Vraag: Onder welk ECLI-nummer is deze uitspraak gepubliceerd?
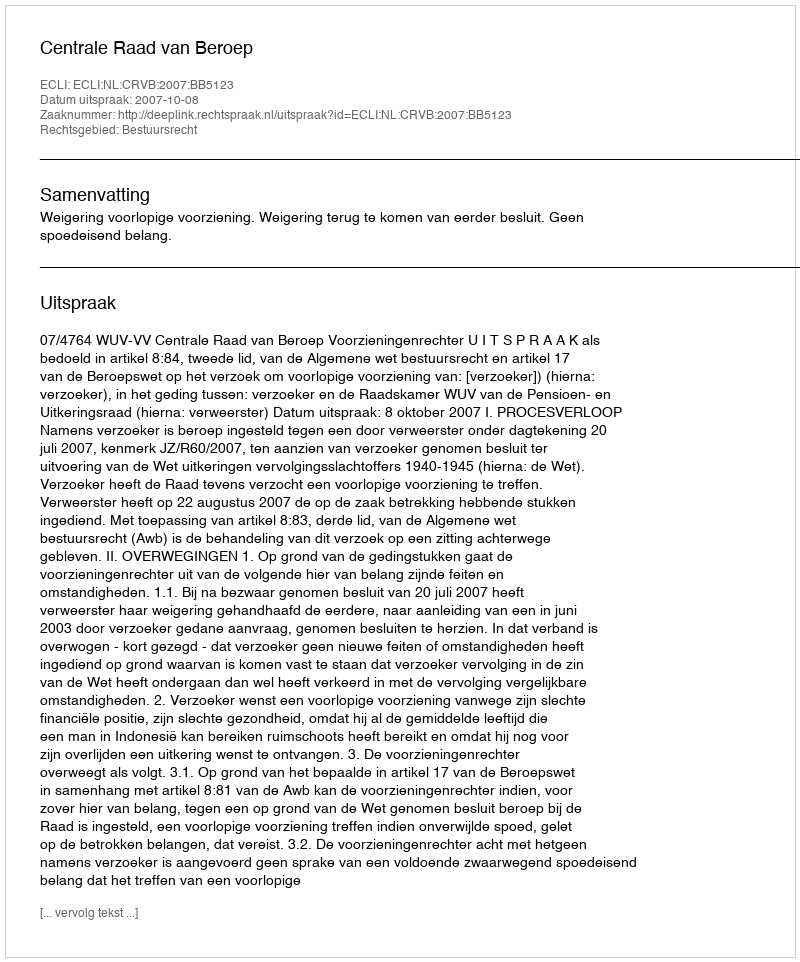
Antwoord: ECLI:NL:CRVB:2007:BB5123